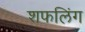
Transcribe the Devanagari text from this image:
शफलिंग